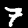
Label: 7